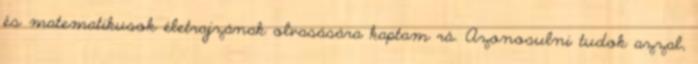
és matematikusok életrajzának olvasására kaptam rá. Azonosulni tudok azzal,